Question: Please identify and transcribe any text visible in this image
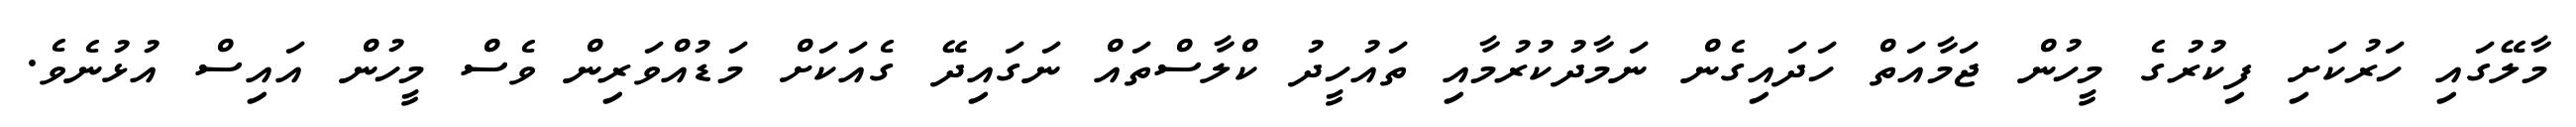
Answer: މާލޭގައި ހަރުކަށި ފިކުރުގެ މީހުން ޖަމާއަތް ހަދައިގެން ނަމާދުކުރުމާއި ތައުހީދު ކްލާސްތައް ނަގައިދޭ ގެއަކަށް މަޑުއްވަރިން ވެސް މީހުން އައިސް އުޅުނެވެ.